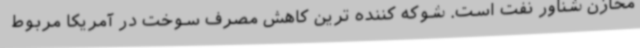
مخازن شناور نفت است. شوکه کننده ترین کاهش مصرف سوخت در آمریکا مربوط